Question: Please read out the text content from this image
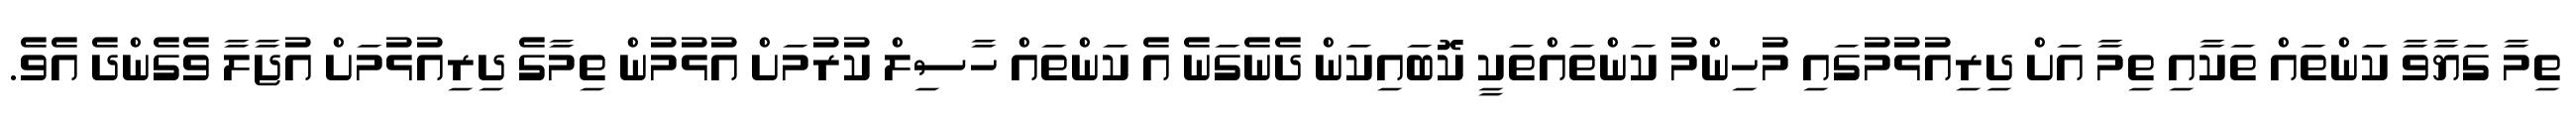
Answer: ތިމާ ގަޔާވާ ކަންތައް ތަކާއި ތިމާ އަށް ދިރިއުޅުމުގައި މުހިންމު ކަންތައްތަކީ ކޮބައިކަން ދެނެގަނެ އެ ކަންތައް ހާސިލް ކުރުމަށް އުޅުމުން ތިމާގެ ދިރިއުޅުމަށް އުޖާލާ ވެގެންދެ އެވެ.